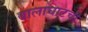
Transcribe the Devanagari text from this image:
बालाघाटची